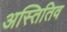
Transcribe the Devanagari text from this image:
अस्तितिव